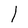
Character: l